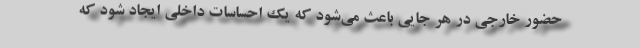
حضور خارجی‌ در هر جایی باعث می‌شود که یک احساسات داخلی ایجاد شود که